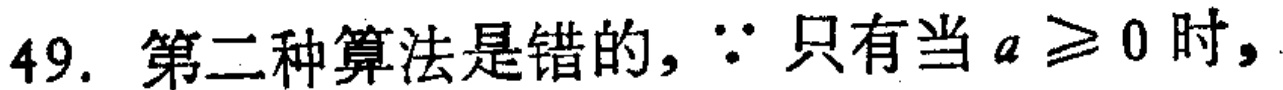
49. 第二种算法是错的，$\because$ 只有当 $a \geqslant 0$ 时，